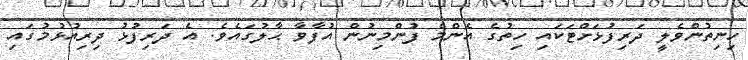
ހިނިތުންވެލީ ދަރިފުޅަށްޓަކައި ހިތުގެ އެންމެ ފުންމިނުން އުފާވާ ޙާލުގައެވެ. އެ ދަރިފުޅު ދިރިއުޅުމުގައި